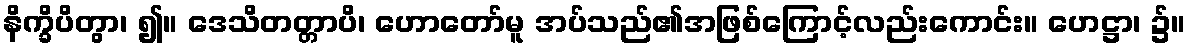
နိက္ခိပိတွာ၊ ၍။ ဒေသိတတ္တာပိ၊ ဟောတော်မူ အပ်သည်၏အဖြစ်ကြောင့်လည်းကောင်း။ ဟေဋ္ဌာ၊ ၌။